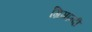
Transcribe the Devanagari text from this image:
ग्रिमान्दी